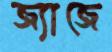
জ্যাজে